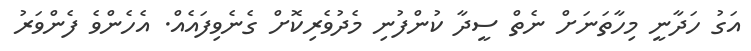
އަގު ހަދާނީ މިހާތަނަށް ނެތް ސީދާ ކުންފުނި މެދުވެރިކޮށް ގެނެވިފަައެއް. އެހެންވެ ފެންވަރު